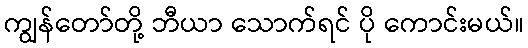
ကျွန်တော်တို့ ဘီယာ သောက်ရင် ပို ကောင်းမယ်။